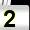
Digit: 2